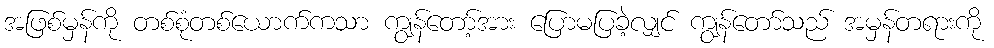
အဖြစ်မှန်ကို တစ်စုံတစ်ယောက်ကသာ ကျွန်တော့်အား ပြောမပြခဲ့လျှင် ကျွန်တော်သည် အမှန်တရားကို